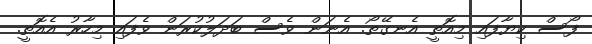
ފޯސް ކިޔާފައި މިއޮތީ އެނގޭތޯ. އެނަން ވެސް ބަދަލުކުރަން ވެފައި މިހާރު އެއޮތީ.